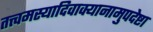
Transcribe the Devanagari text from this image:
तत्त्वमस्यादिवाक्यानामुपदेष्टा